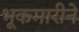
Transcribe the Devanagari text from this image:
भूकमारीने